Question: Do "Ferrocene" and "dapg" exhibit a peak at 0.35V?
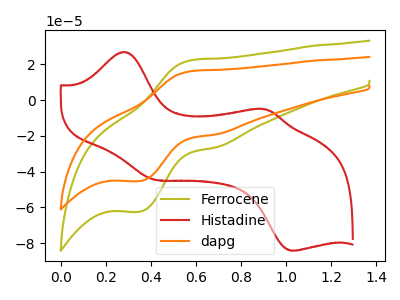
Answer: <think>The olive curve "Ferrocene" has an anodic peak at (0.60V, 22.25uA) and a cathodic peak at (0.35V, -62.45uA). The red curve "Histadine" has anodic peaks at (0.30V, 26.85uA) (0.90V, -5.20uA) and cathodic peaks at (0.40V, -44.50uA) (1.05V, -84.20uA). The orange curve "dapg" has an anodic peak at (0.60V, 16.15uA) and a cathodic peak at (0.35V, -45.30uA).</think>
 <answer>Yes, "Ferrocene" and "dapg" share a peak at 0.35V.</answer>
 <eval>match</eval>